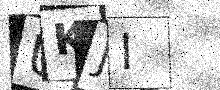
Text: UKJI